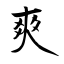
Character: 爽